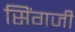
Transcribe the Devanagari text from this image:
सिंगजी